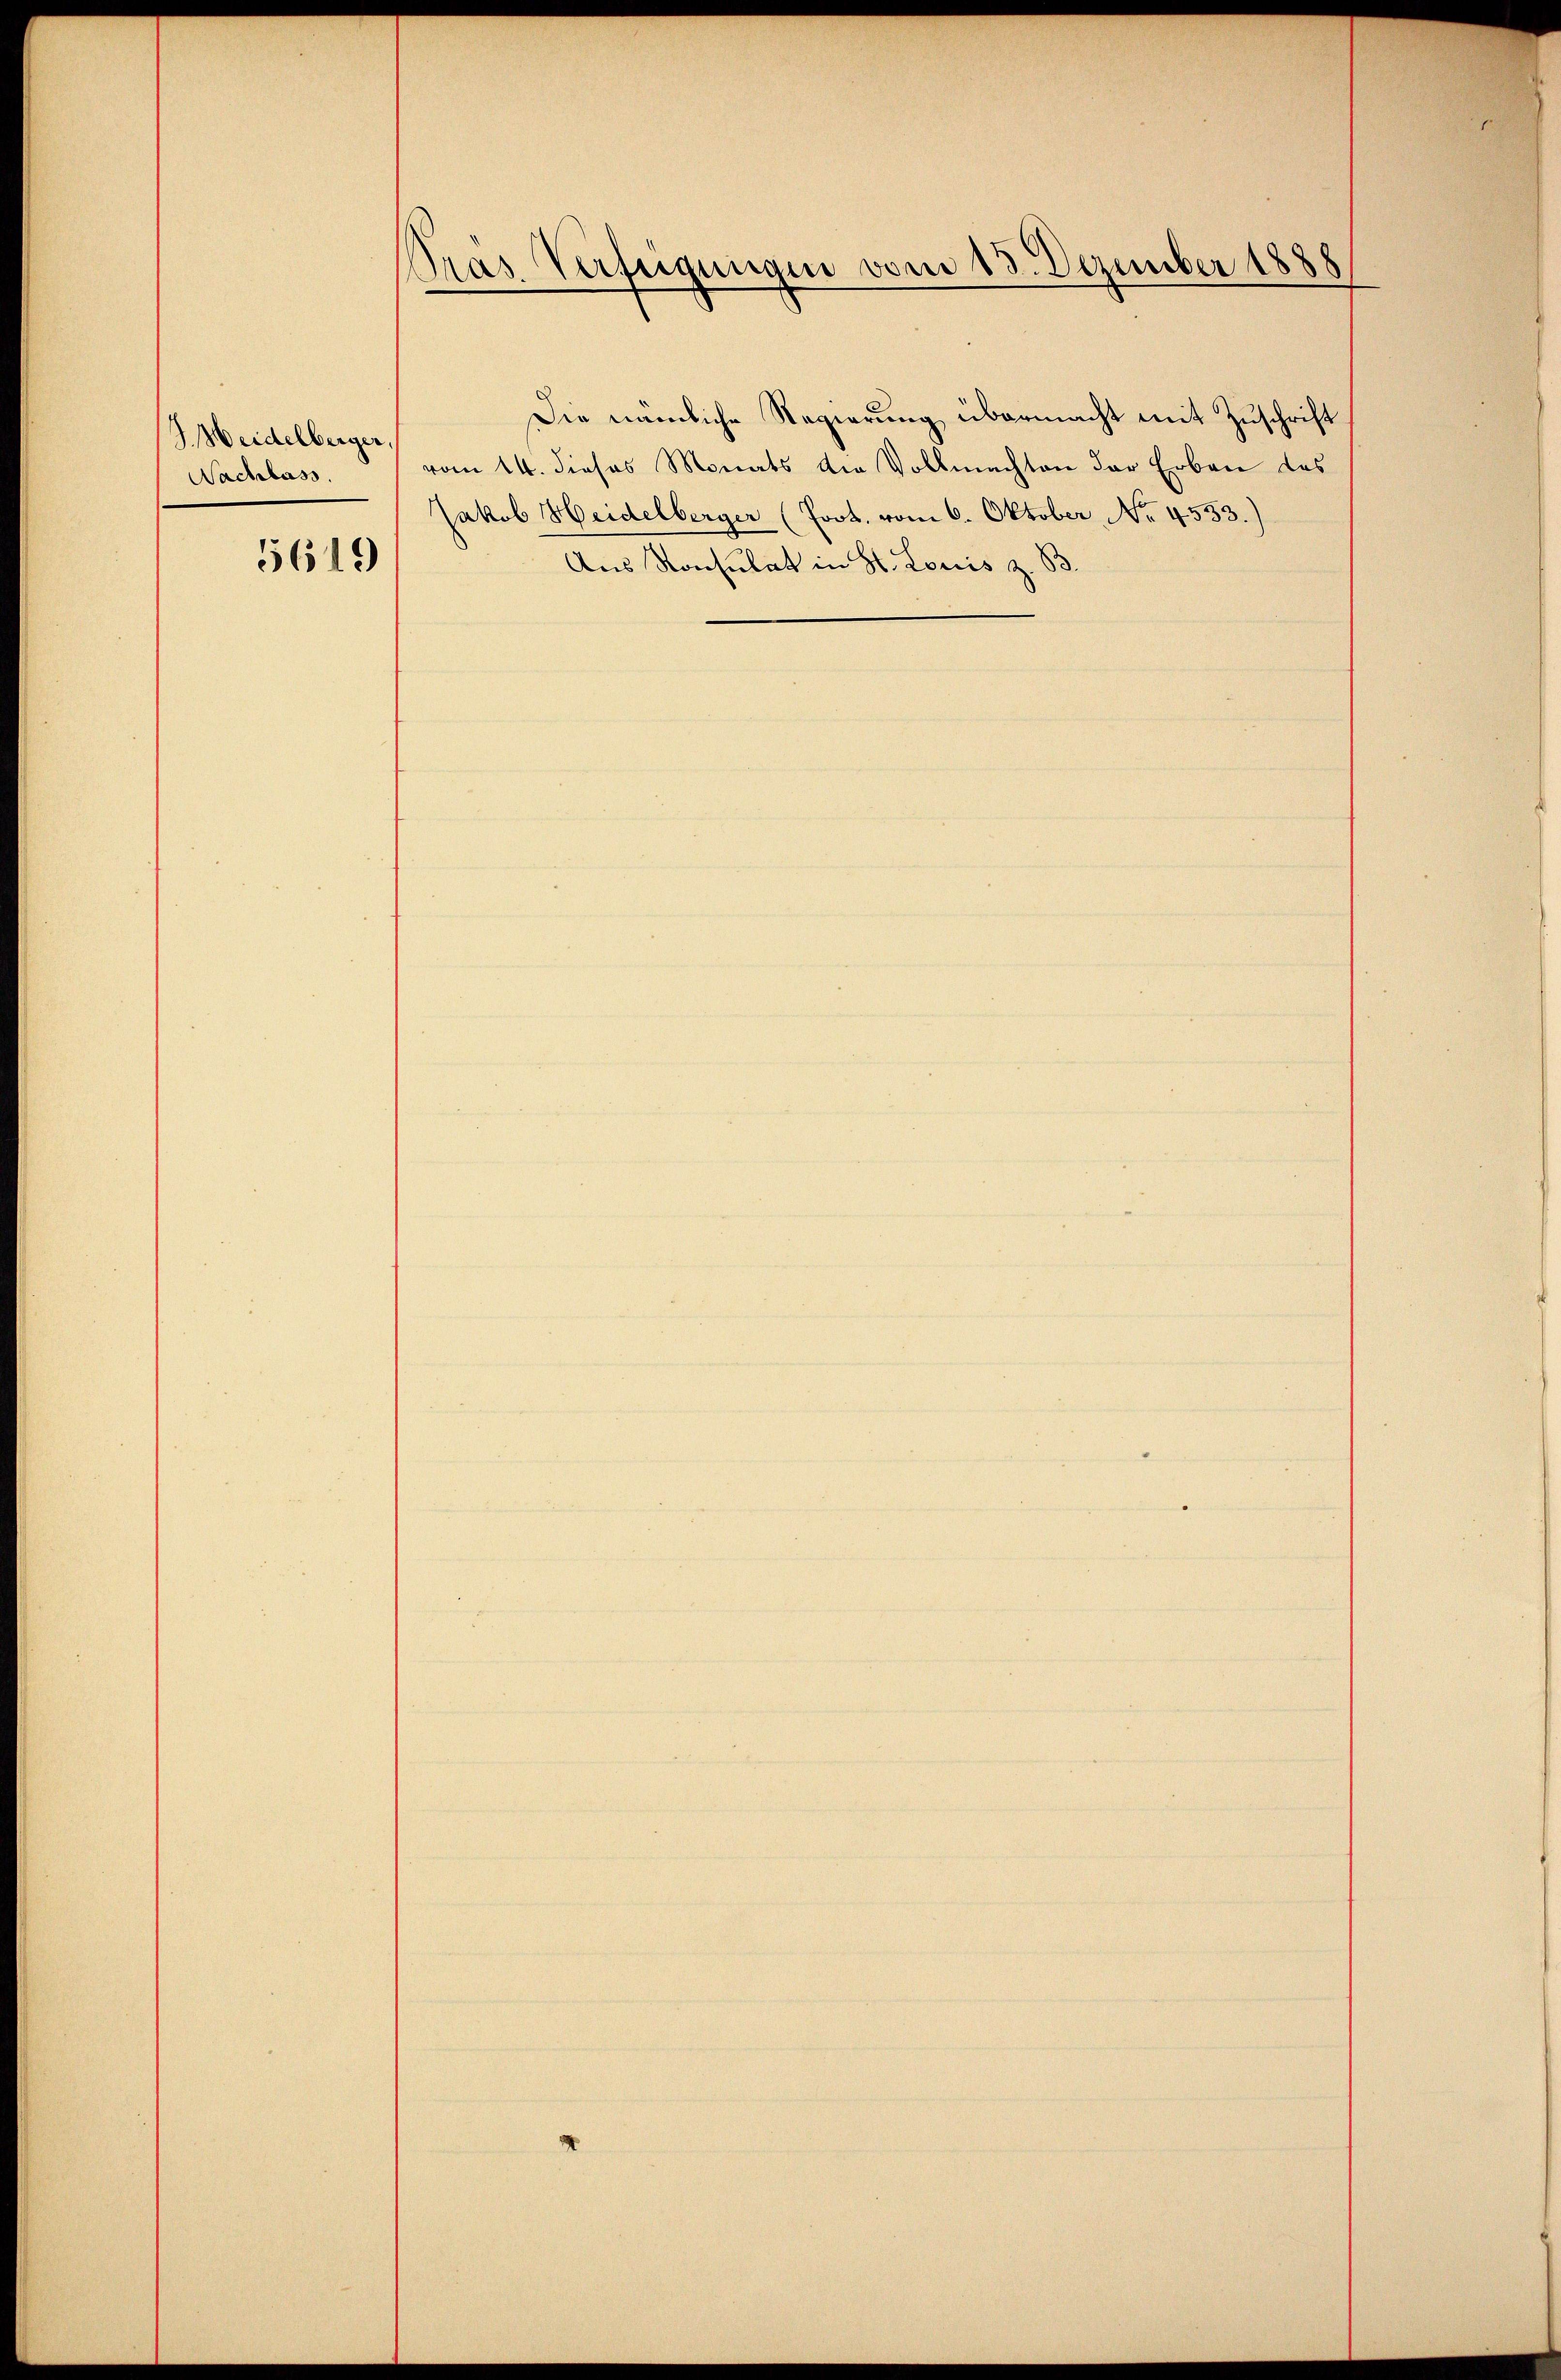
J. Weidelberger,
Nachlass
5619

Gras Verfügungen vom 13. Dezember 1888

Die nämliche Regierung übermacht mit Zuschrift
vom 14. dieses Monats die Vollmachten der Erben des
Jakob Heidelberger (Prot. vom 6. Oktober, No. 4553.)
Aus Konsulat in St. Louis z. B.